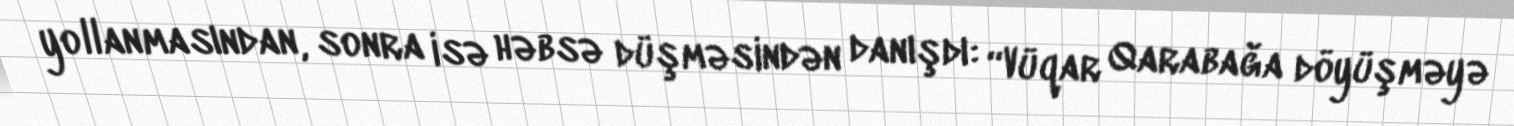
yollanmasından, sonra isə həbsə düşməsindən danışdı: “Vüqar Qarabağa döyüşməyə